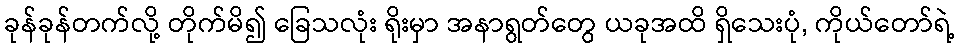
ခုန်ခုန်တက်လို့ တိုက်မိ၍ ခြေသလုံး ရိုးမှာ အနာရွတ်တွေ ယခုအထိ ရှိသေးပုံ, ကိုယ်တော်ရဲ့